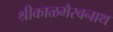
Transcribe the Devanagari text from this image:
श्रीकाळभैरवनाथ